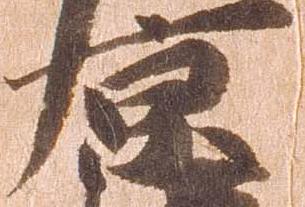
京